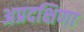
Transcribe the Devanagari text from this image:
अप्रदक्षिणा